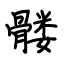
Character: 髅